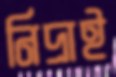
নিদ্রাই